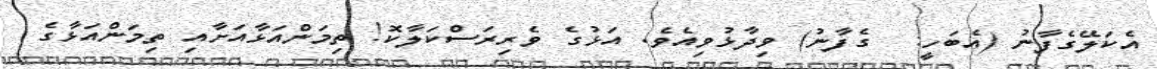
އެކަލޭގެފާނު (އެބަހީ:  ގެފާނު) ވިދާޅުވިއެވެ. އަޅުގެ ވެރިރަސްކަލާކޮ! ތިމަންއަޅާއަށާއި ތިމަންއަޅާގެ